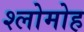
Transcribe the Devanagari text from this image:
श्लोमोह